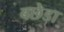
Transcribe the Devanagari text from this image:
बछेडा